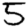
Digit: 5